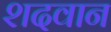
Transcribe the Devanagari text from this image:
शदवान